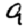
Digit: 9